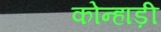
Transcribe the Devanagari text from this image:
कोन्हाड़ी